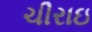
ચીરાઇ